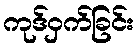
ကုဒ်ဝှက်ခြင်း